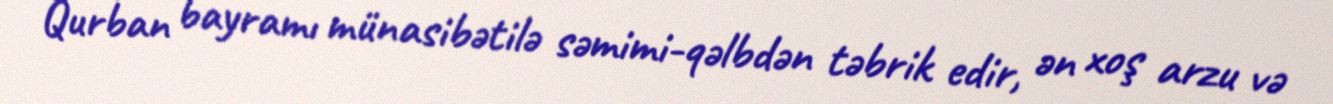
Qurban bayramı münasibətilə səmimi-qəlbdən təbrik edir, ən xoş arzu və